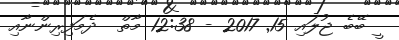
ީ ބޭބެ ޖުލައި 15